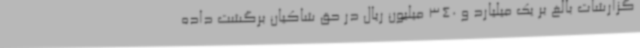
گزارشات بالغ بر یک میلیارد و 340 میلیون ریال در حق شاکیان برگشت داده